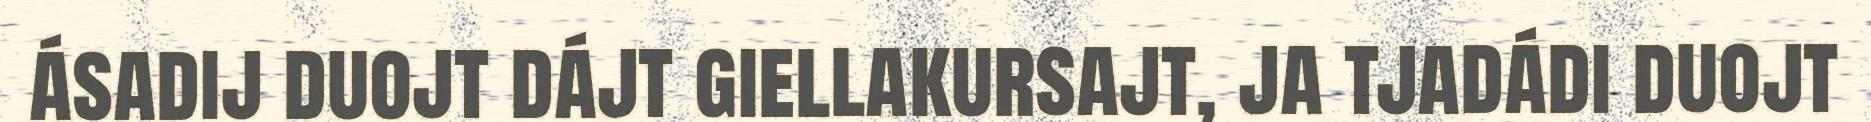
ásadij duojt dájt giellakursajt, ja tjadádi duojt